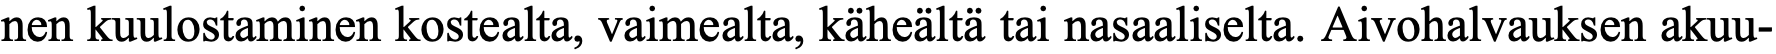
nen kuulostaminen kostealta, vaimealta, käheältä tai nasaaliselta. Aivohalvauksen akuu-